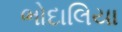
ભોદાલિયા